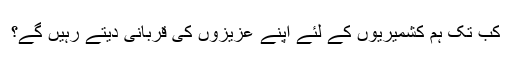
کب تک ہم کشمیریوں کے لئے اپنے عزیزوں کی قربانی دیتے رہیں گے؟